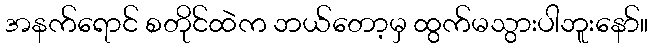
အနက်ရောင် စတိုင်ထဲက ဘယ်တော့မှ ထွက်မသွားပါဘူးနော်။